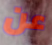
عن